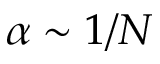
\alpha \sim 1 / N